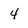
Character: 4